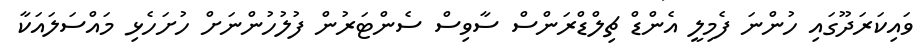
ވައިކަރަދޫގައި ހުންނަ ފެމިލީ އެންޑް ޗިލްޑްރަންސް ސާވިސް ސެންޓަރުން ފުލުހުންނަށް ހުށަހެޅި މައްސަލައަކާ